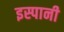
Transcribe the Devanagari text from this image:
इस्पानी